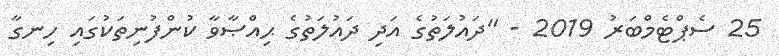
25 ސެޕްޓެމްބަރު 2019 - "ދައުލަތުގެ އަދި ދައުލަތުގެ ޙިއްޞާވާ ކުންފުނިތަކުގައި ހިނގާ